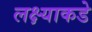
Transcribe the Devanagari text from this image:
लक्ष्याकडे